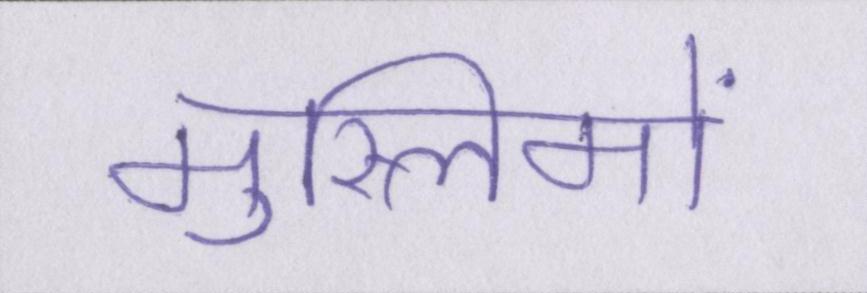
मुस्लिमों